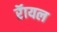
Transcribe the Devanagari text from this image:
रॅायल